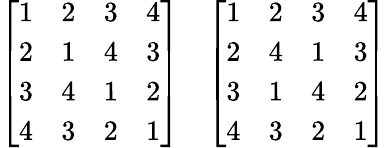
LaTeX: {\left[\begin{array}{llll}{1}&{2}&{3}&{4}\\ {2}&{1}&{4}&{3}\\ {3}&{4}&{1}&{2}\\ {4}&{3}&{2}&{1}\end{array}\right]}\quad{\left[\begin{array}{llll}{1}&{2}&{3}&{4}\\ {2}&{4}&{1}&{3}\\ {3}&{1}&{4}&{2}\\ {4}&{3}&{2}&{1}\end{array}\right]}